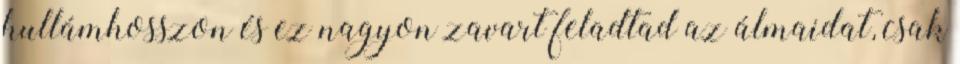
hullámhosszon és ez nagyon zavart feladtad az álmaidat, csak